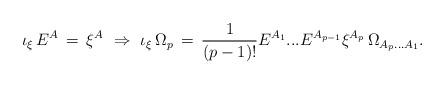
LaTeX: \begin{align*} \iota_\xi\,E^A\,=\,\xi^A \ \Rightarrow\ \iota_\xi\, \Omega_p\,=\, \frac{1}{(p-1)!} E^{A_1}...E^{A_{p-1}}\xi^{A_p} \,\Omega_{A_{p}...A_{1}}.\end{align*}